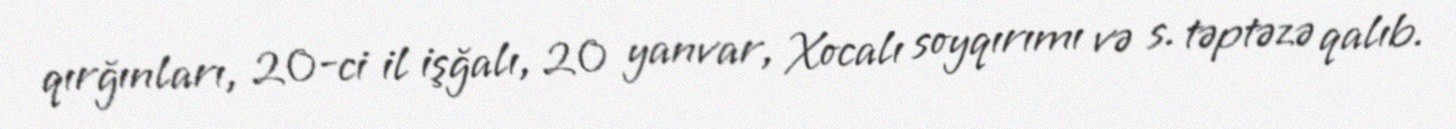
qırğınları, 20-ci il işğalı, 20 yanvar, Xocalı soyqırımı və s. təptəzə qalıb.